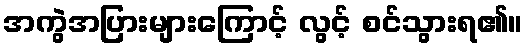
အကွဲအပြားများကြောင့် လွင့် စင်သွားရ၏။